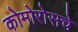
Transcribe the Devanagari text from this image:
कोमोरोसचे